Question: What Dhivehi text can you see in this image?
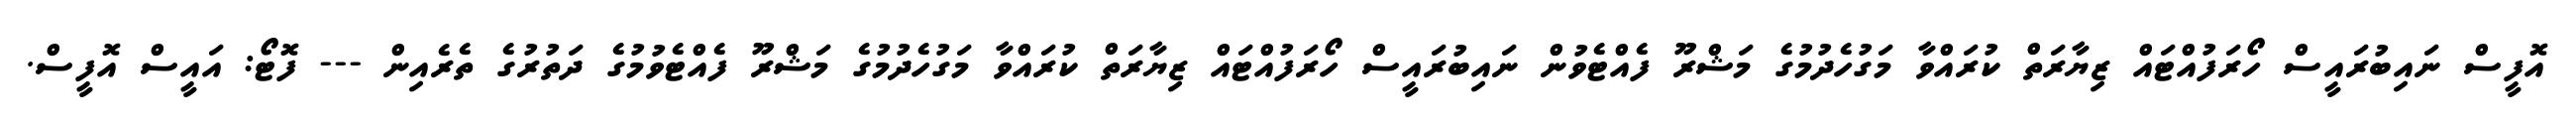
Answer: އޮފީސް ނައިބުރައީސް ހޯރަފުއްޓައް ޒިޔާރަތް ކުރައްވާ މަގުހެދުމުގެ މަޝްރޫ ފެއްޓެވުން ނައިބުރައީސް ހޯރަފުއްޓައް ޒިޔާރަތް ކުރައްވާ މަގުހެދުމުގެ މަޝްރޫ ފެއްޓެވުމުގެ ދަތުރުގެ ތެރެއިން --- ފޮޓޯ: އައީސް އޮފީސް.